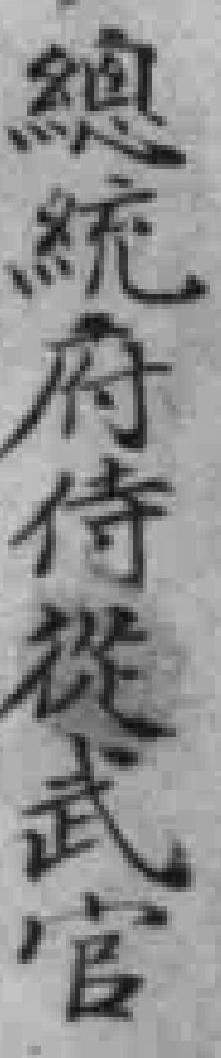
總統府侍從武官